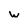
Character: W